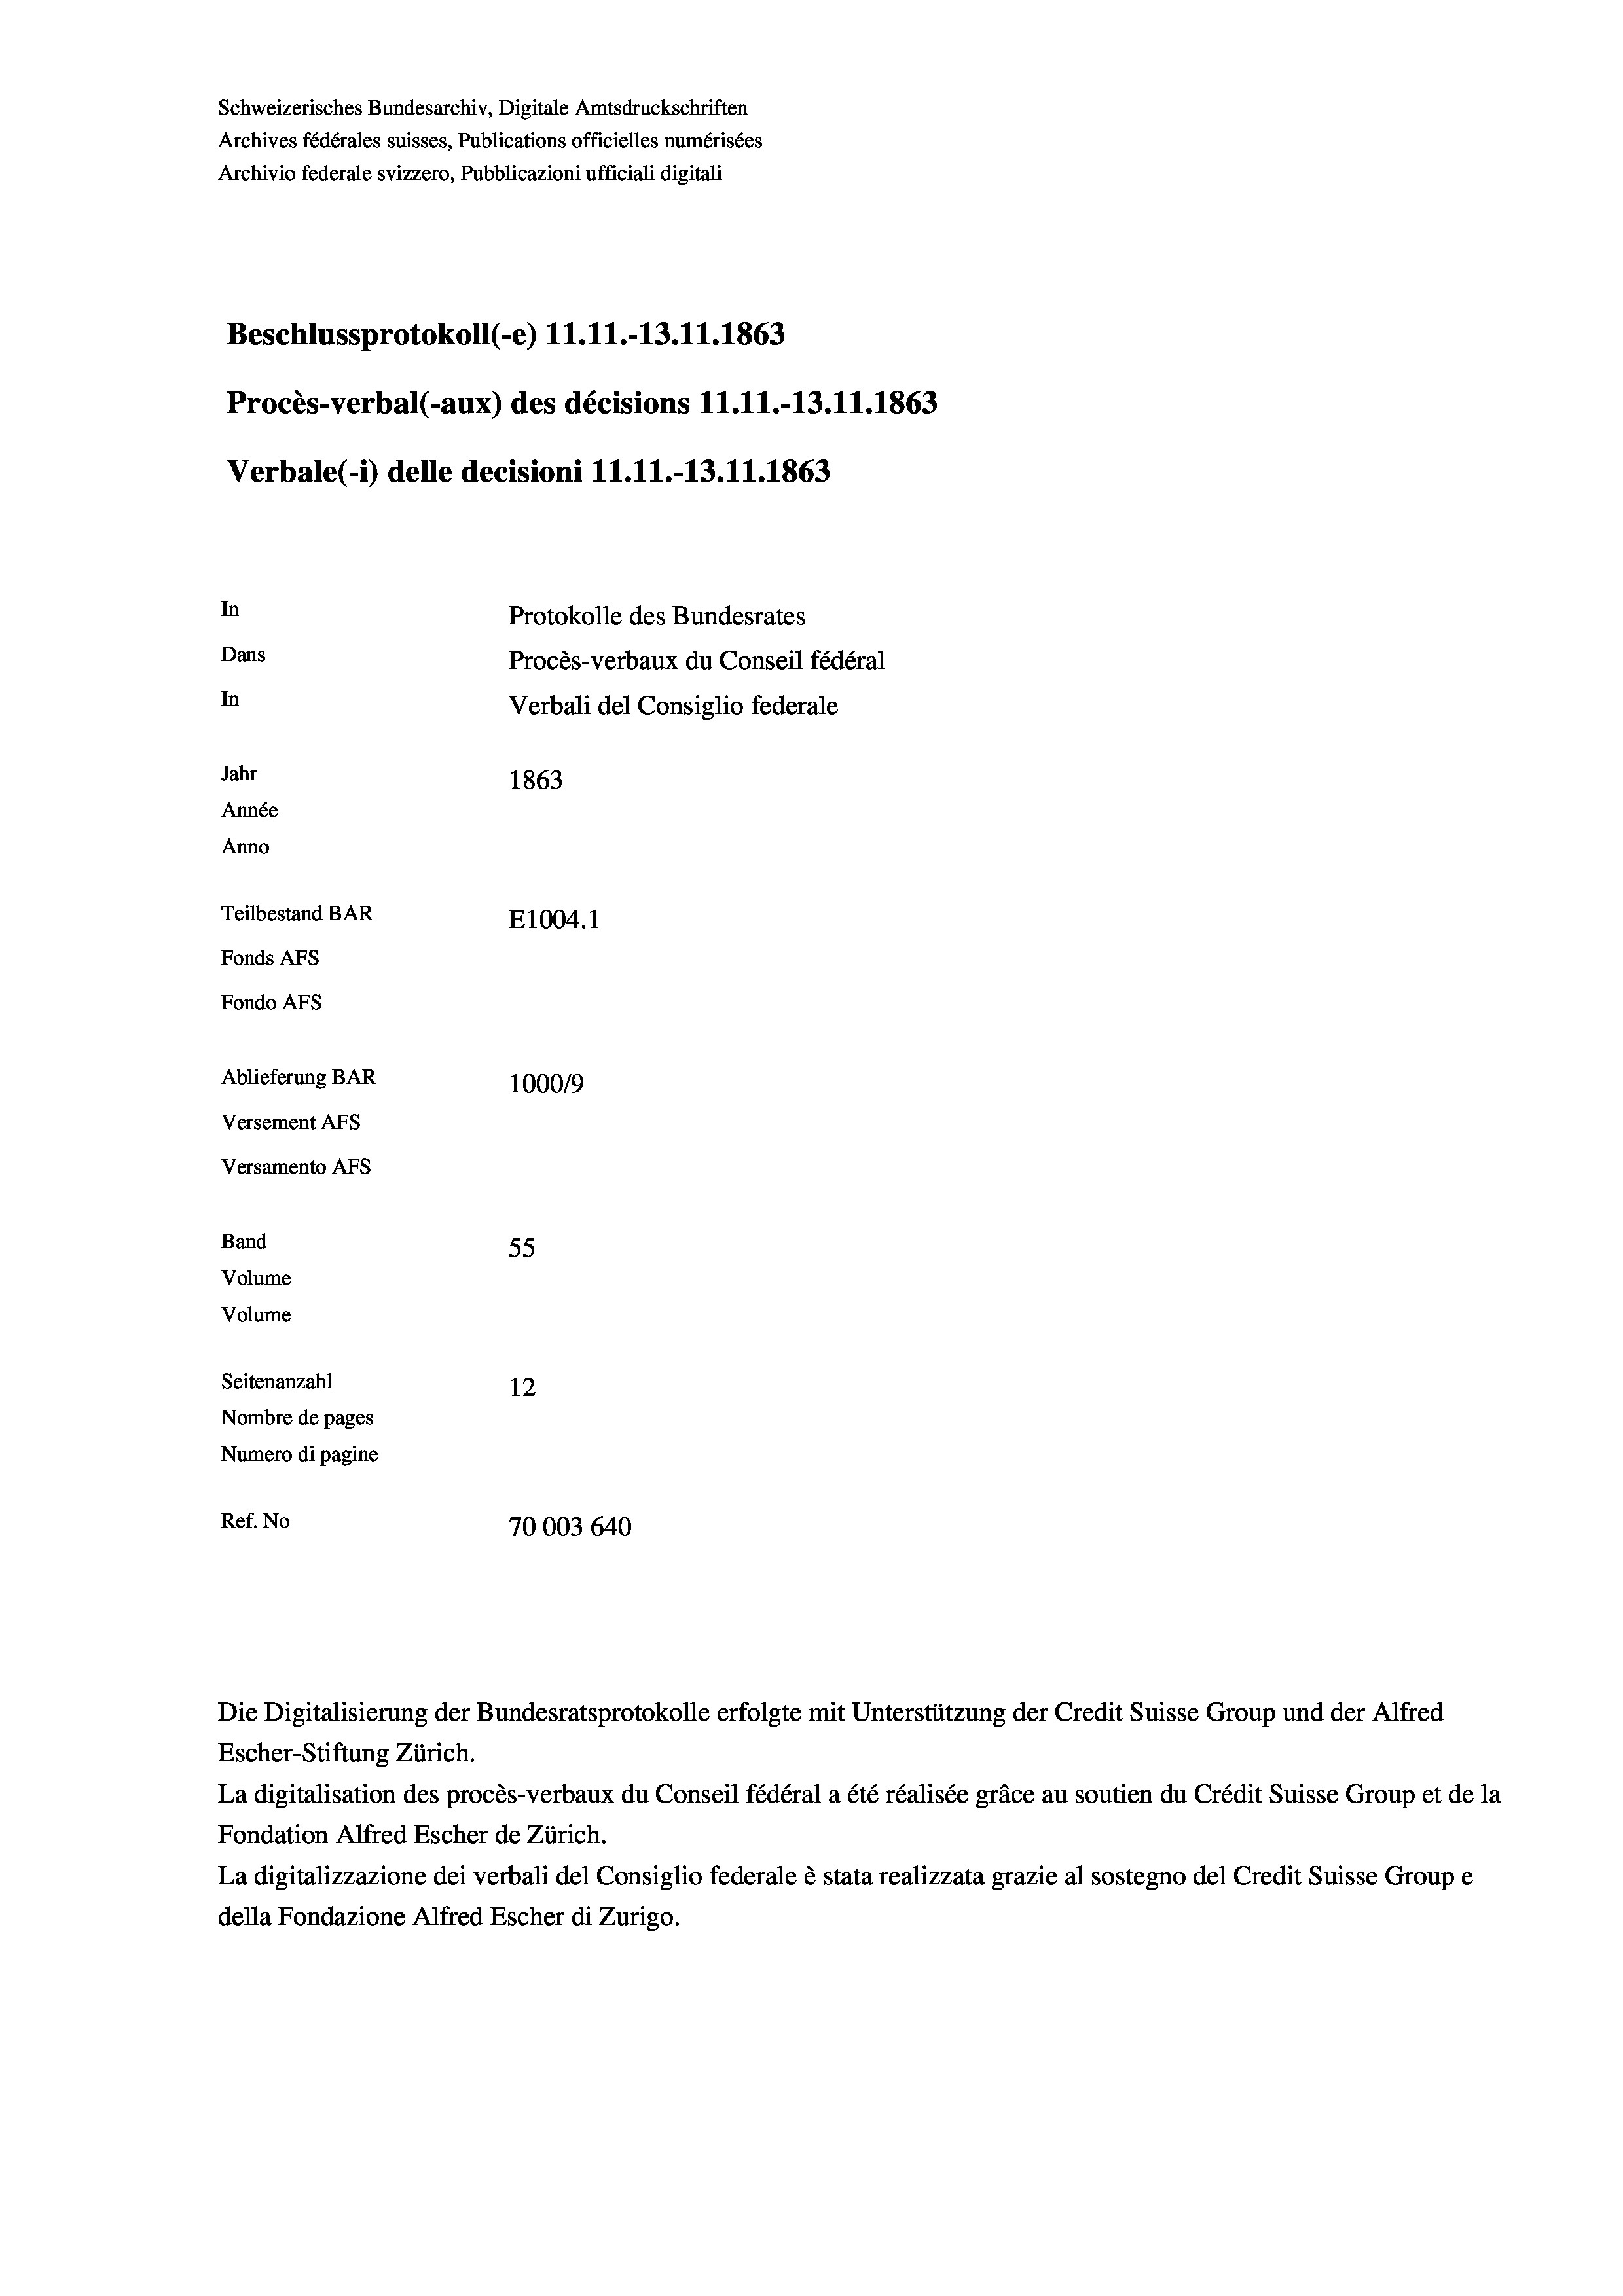
Schweizerisches Bundesarchiv, Digitale Amtsdruckschriften
Archives fédérales suisses, Publications officielles numérisées
Archivio federale svizzero, Pubblicazioni ufficiali digitali
Beschlussprotokoll (-e) 11.11.-13.11.1863
Procès-verbal (-aux) des décisions 11.11.-13.11.1863
Verbale(-1) delle decisioni 11.11.-13.11.1863
In
Protokolle des Bundesrates
Dans
Procès-verbaux du Conseil fédéral
In
Verbali del Consiglio federale
Jahr
1863
Année
Anno
Teilbestand BAR
E1004.1
Fonds Afs
Fondo Afs
Ablieferung BAR
100019
Versement AFS
Versamento Afs
Band
55
Volume
Volume
Seitenanzahl
12
Nombre de pages
Numero di pagine
Ref. No
70003 640

Escher-Stiftung Zürich.
La digitalisation des procès-verbaux du Conseil fédéral a été réalisée gräce au soutien du Crédit Suisse Group et de la
Fondation Alfred Escher de Zürich.
La digitalizzazione dei verbali del Consiglio federale è stata realizzata grazie al sostegno del Credit Suisse Groupe
della Fondazione Alfred Escher di Zurigo.

Die Digitalisierung der Bundesratsprotokolle erfolgte mit Unterstützung der Credit Suisse Group und der Alfred